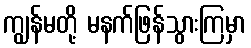
ကျွန်မတို့ မနက်ဖြန်သွားကြမှာ